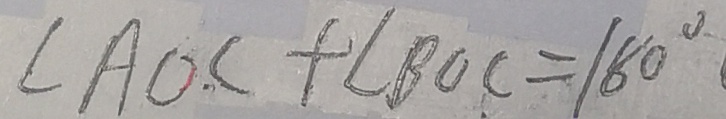
\angle A O C + \angle B O C = 1 8 0 ^ { \circ }